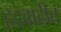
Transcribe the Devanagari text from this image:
हद्दवाढीत